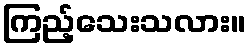
ကြည့်သေးသလား။